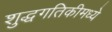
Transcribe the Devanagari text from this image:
शुद्धगतिकीमध्ये